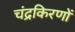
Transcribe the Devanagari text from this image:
चंद्रकिरणों